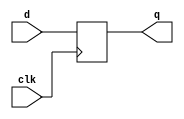
//implementacao comportamental do flip flop tipo d disparado por borda ascendente
module d_flip_flop(q, d, clk);
  input d, clk;
  output reg q;
  
  //sempre que ocorrer a borda positiva, o sinal de d eh amostrado na saida
  always @(posedge clk)
    q <= d;
  
endmodule

module simple_register (q0, q1, q2, q3, d0, d1, d2, d3, clk);
  input d0, d1, d2, d3, clk;
  output q0, q1, q2, q3;
  
  //quatro flip flops controlados por um unico clock
  //cada flip flop recebe uma entrada e possui uma saida
  //entradas e saidas em paralelo
  d_flip_flop f1 (q0, d0, clk);
  d_flip_flop f2 (q1, d1, clk);
  d_flip_flop f3 (q2, d2, clk);
  d_flip_flop f4 (q3, d3, clk);
  
endmodule